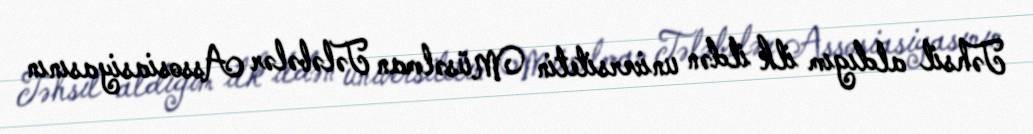
Təhsil aldıgım ilk ildən universitetin Müsəlman Tələbələr Assosiasiyasının